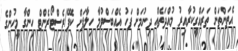
އެތަންތަން ތަރައްގީކުރާއިރު މުއްދަތެއް ދިނުމަށް ފަހު އެއްބަސްވުމާ ހިލާފަށް ކެފޭ/ރެސްޓޯރެންްޓް ހިންގާ މީހުންގެ